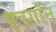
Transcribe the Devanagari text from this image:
एडगॉन